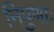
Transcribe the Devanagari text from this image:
निपुणाः